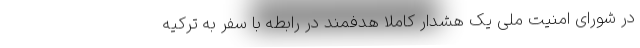
در شورای امنیت ملی یک هشدار کاملا هدفمند در رابطه با سفر به ترکیه